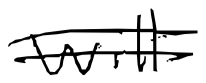
Text: will
Cross-out: double-line
Writing tool: digital_black